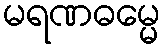
မရဏဓမ္မေ